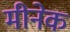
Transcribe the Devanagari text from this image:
मीनेक